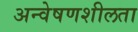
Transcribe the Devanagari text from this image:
अन्वेषणशीलता